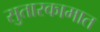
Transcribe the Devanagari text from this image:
सुतारकामात